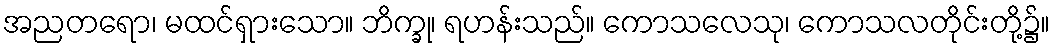
အညတရော၊ မထင်ရှားသော။ ဘိက္ခု၊ ရဟန်းသည်။ ကောသလေသု၊ ကောသလတိုင်းတို့၌။